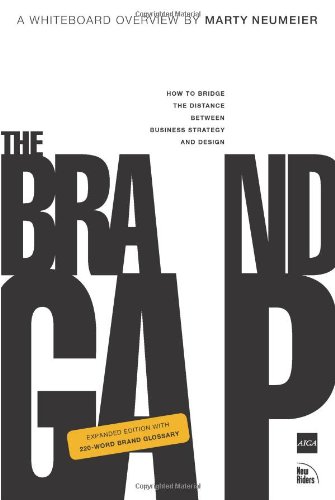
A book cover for The Brand Gap: How to Bridge the Distance Between Business Strategy and Design; Marty Neumeier; Business & Money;